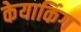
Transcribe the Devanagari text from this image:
केयाकिंग